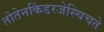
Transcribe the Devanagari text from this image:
तोतेनकिंडरजेस्चिचते